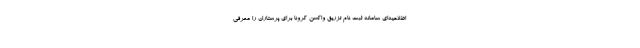
اطلاعیه‌ای سامانه ثبت نام تزریق واکسن کرونا برای پرستاران را معرفی